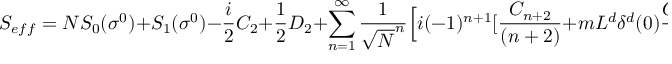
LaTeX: S _ { e f f } = N S _ { 0 } ( \sigma ^ { 0 } ) + S _ { 1 } ( \sigma ^ { 0 } ) - { \frac { i } { 2 } } C _ { 2 } + { \frac { 1 } { 2 } } D _ { 2 } + \sum _ { n = 1 } ^ { \infty } { \frac { 1 } { \sqrt { N } ^ { n } } } \Big [ i ( - 1 ) ^ { n + 1 } [ { \frac { C _ { n + 2 } } { ( n + 2 ) } } + m L ^ { d } \delta ^ { d } ( 0 ) { \frac { C _ { n } } { n } } ] + { \frac { 1 } { ( n + 2 ) ! } } D _ { n + 2 } \Big ]